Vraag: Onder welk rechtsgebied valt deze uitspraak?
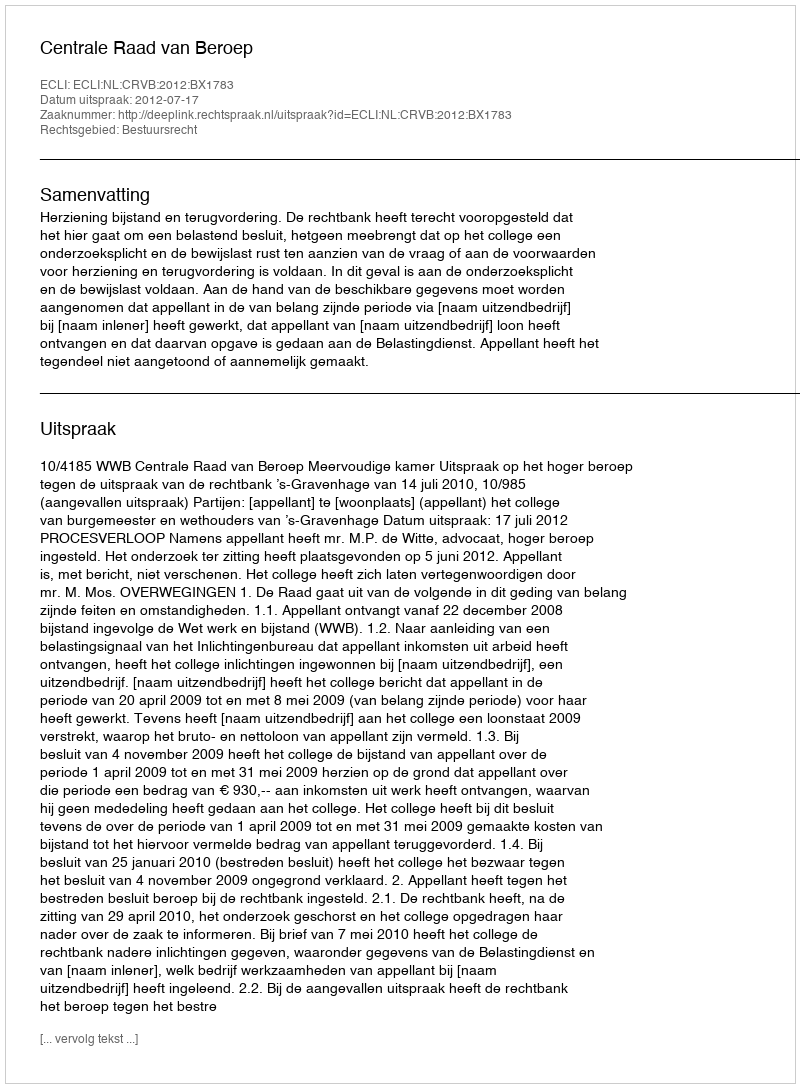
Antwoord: Bestuursrecht